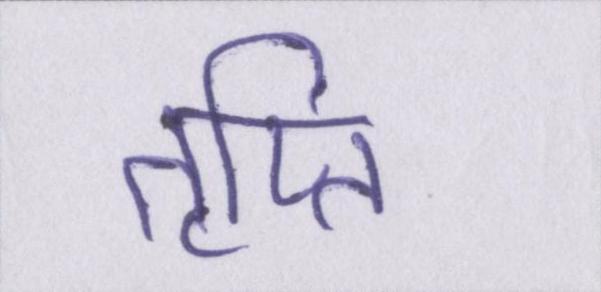
तृप्ति